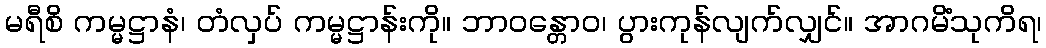
မရီစိ ကမ္မဋ္ဌာနံ၊ တံလှပ် ကမ္မဋ္ဌာန်းကို။ ဘာဝန္တောဝ၊ ပွားကုန်လျက်လျှင်။ အာဂမိံသုကိရ၊